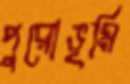
পুরোভূমি